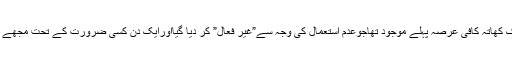
ہوا یوں کہ کسی بنک میں میرا ایک کھاتہ کافی عرصہ پہلے موجود تھاجوعدم استعمال کی وجہ سے”غیر فعال” کر دیا گیااورایک دن کسی ضرورت کے تحت مجھے اُس کو بحال کروانے کی سوجھی۔